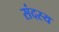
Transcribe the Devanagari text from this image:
संदस्य